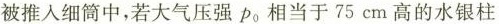
被推入细筒中，若大气压强_{p0} 相当于75cm高的水银柱